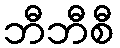
ဘီဘီစီ